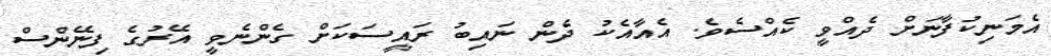
އެމަނިކުފާނަށް ދެއްވީ ކެއްސެވެ. އެއާއެކު ދެން ނައިބު ރައީސަކަށް ގެންނެވީ އޭރުގެ ފިނޭންސް